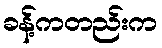
ခန့်ကတည်းက